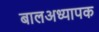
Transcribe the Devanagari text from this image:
बालअध्यापक